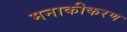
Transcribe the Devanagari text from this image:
मनाकीकरण